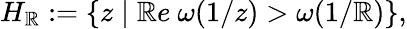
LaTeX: H_{\mathbb{R}}:=\{ z\mid\mathbb{R}e\ \omega(1/z)>\omega(1/\mathbb{R})\} ,